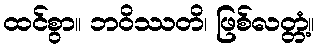
ထင်စွာ။ ဘဝိဿတိ၊ ဖြစ်လတ္တံ့။